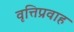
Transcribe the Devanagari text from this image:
वृत्तिप्रवाह